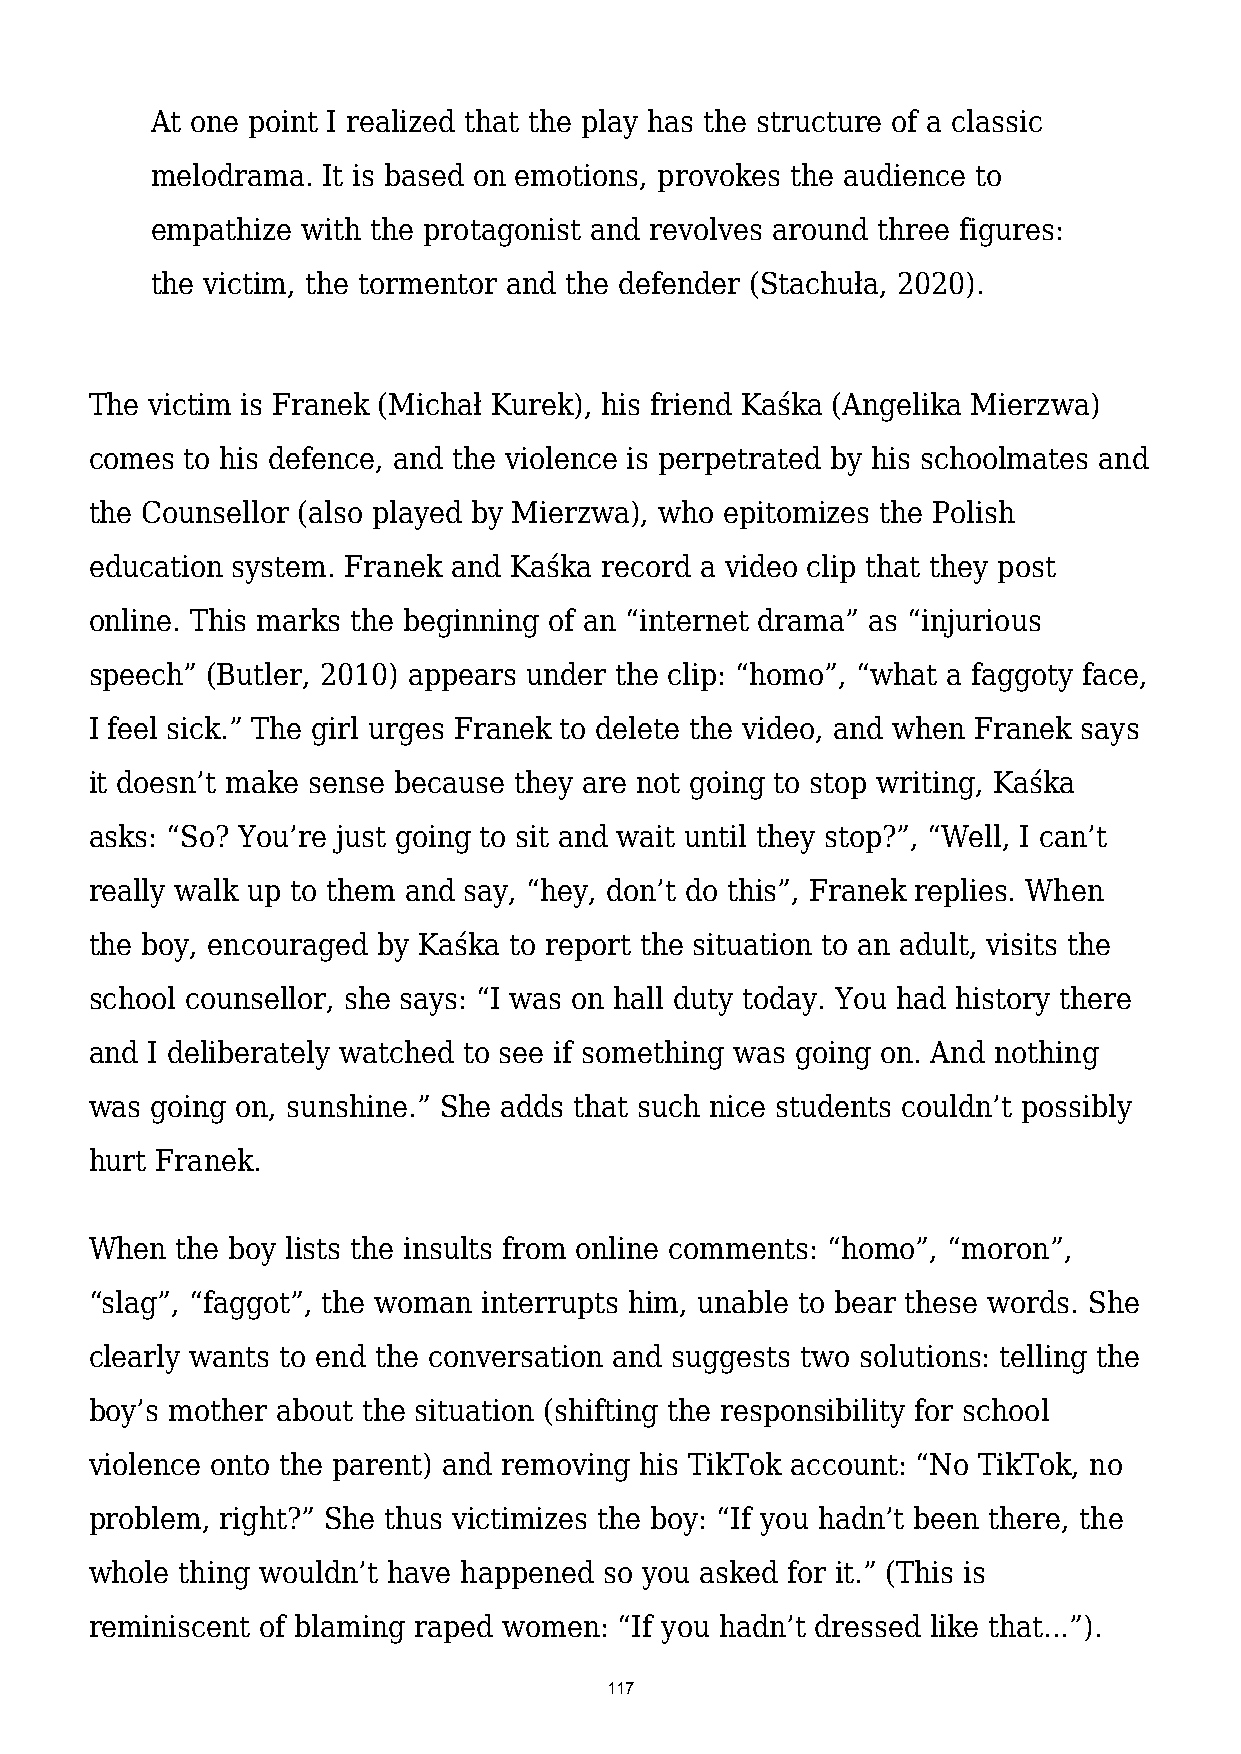
At one point I realized that the play has the structure of a classic
 melodrama. It is based on emotions, provokes the audience to
 empathize with the protagonist and revolves around three figures:
 the victim, the tormentor and the defender (Stachuła, 2020).
 The victim is Franek (Michał Kurek), his friend Kaśka (Angelika Mierzwa)
 comes to his defence, and the violence is perpetrated by his schoolmates and
 the Counsellor (also played by Mierzwa), who epitomizes the Polish
 education system. Franek and Kaśka record a video clip that they post
 online. This marks the beginning of an “internet drama” as “injurious
 speech” (Butler, 2010) appears under the clip: “homo”, “what a faggoty face,
 I feel sick.” The girl urges Franek to delete the video, and when Franek says
 it doesn’t make sense because they are not going to stop writing, Kaśka
 asks: “So? You’re just going to sit and wait until they stop?”, “Well, I can’t
 really walk up to them and say, “hey, don’t do this”, Franek replies. When
 the boy, encouraged by Kaśka to report the situation to an adult, visits the
 school counsellor, she says: “I was on hall duty today. You had history there
 and I deliberately watched to see if something was going on. And nothing
 was going on, sunshine.” She adds that such nice students couldn’t possibly
 hurt Franek.
 When  the boy lists the insults from online comments: “homo”, “moron”,
 “slag”, “faggot”, the woman interrupts him, unable to bear these words. She
 clearly wants to end the conversation and suggests two solutions: telling the
 boy’s mother about the situation (shifting the responsibility for school
 violence onto the parent) and removing his TikTok account: “No TikTok, no
 problem, right?” She thus victimizes the boy: “If you hadn’t been there, the
 whole thing wouldn’t have happened so you asked for it.” (This is
 reminiscent of blaming raped women: “If you hadn’t dressed like that...”).
 117